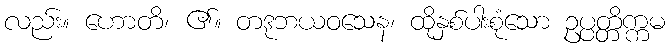
လည်း။ ဟောတိ၊ ၏။ တဒုဘယဝသေန၊ ထိုနှစ်ပါးစုံသော ဥပ္ပတ္တိက္ကမ